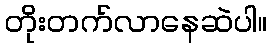
တိုးတက်လာနေဆဲပါ။